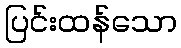
ပြင်းထန်သော